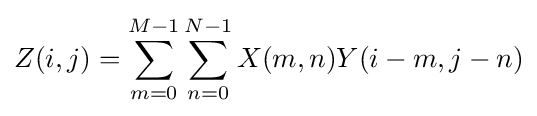
Z(i,j)=\sum _{m=0}^{M-1}\sum _{n=0}^{N-1}X(m,n)Y(i-m,j-n)